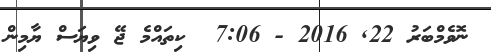
ނޮވެމްބަރު 22